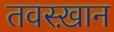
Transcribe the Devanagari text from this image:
तवस्ख़ान